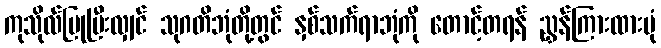
ကုသိုလ်ပြုပြီးလျှင် သုဂတိဘုံတို့တွင် နှစ်သက်ရာဘုံကို တောင့်တရန် ညွှန်ကြားထားပုံ